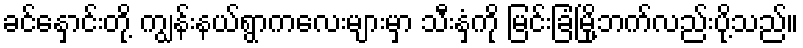
ခင်နှောင်းတို့ ကျွန်းနယ်ရွာကလေးများမှာ သီးနှံကို မြင်းခြံမြို့ဘက်လည်းပို့သည်။